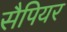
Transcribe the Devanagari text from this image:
सैपियर